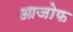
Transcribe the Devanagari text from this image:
आजोफ